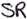
Text: SR